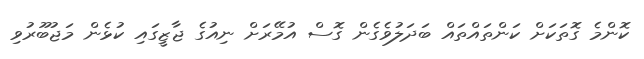
ކޮންމެ ގޮތަކަށް ކަންތައްތައް ބަދަލުވެގެން ގޮސް އުމޭރަށް ނިއުގެ ޖާޒީގައި ކުޅެން މަޖުބޫރުވި